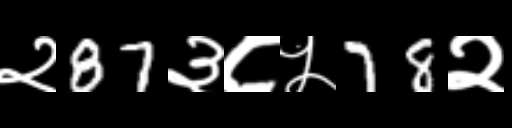
Text: २87३८५78२